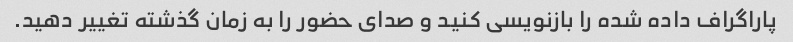
پاراگراف داده شده را بازنویسی کنید و صدای حضور را به زمان گذشته تغییر دهید.